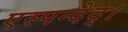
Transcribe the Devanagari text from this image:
एस्पन्देद्।